Annual administration report of the Civil Veterinary Department of India - 1894-1895
Year: 1894
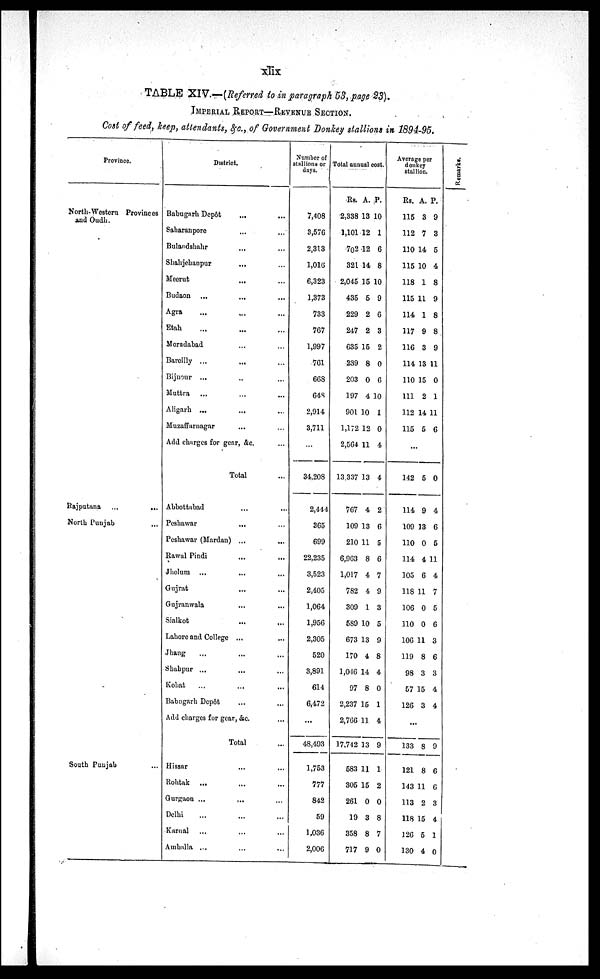
xlix
TABLE XIV.—(Referred to in paragraph 53, page 23).
IMPERIAL REPORT—REVENUE SECTION.
Cost of feed, keep, attendants, &c., of Government Donkey stallions in 1894-95.
Province.
North-Western Provinces
and Oudh.
Rajputana ...
...
North
Punjab
...
South Punjab ...
District.
Babugarh Depôt ... ...
Saharanpore...
...
Bulandshahr... ...
Shahjehanpur... ...
Meerut... ...
Budaon
...
...
...
Agra
...
...
...
Etah
...
... ...
Moradabad ... ...
Bareilly ...
... ...
Bijnour ...
..
...
Muttra ...
...
...
Aligarh ...
... ...
Muzaffarnagar... ...
Add charges for gear, &c.
...
Total
...
Abbottabad
...
...
Peshawar...
Peshawar (Mardan) ...
...
Rawal Pindi...
...
Jhelum
...
...
...
Gujrat
...
...
Gujranwala..
...
Sialkot
...
...
Lahore and College ...
...
Jhang
...
...
...
Shahpur ...
...
...
Kohat
...
...
...
Babugarh Dcpôt
...
...
Add charges for gear, &c.
...
Total...
Hissar...
...
Rohtak ...
...
...
Gurgaon ...
...
Delia
...
...
...
Karnal
...
...
...
Amballa ...
...
...
Number of
stallions or
days.
7,408
3,576
2,313
1,016
6,323
1,373
733
767
1,997
761
668
648
2,914
3,711
...
34,208
2,444
365
699
22,235
3,523
2,405
1,064
1,956
2,305
520
3,891
614
6,472
...
48,493
1,753
777
842
59
1,036
2,006
Total annual cost.
Rs.
2,338
1,101
702
321
2,045
435
229
247
635
239
203
197
901
1,172
2,564
13 337
767
109
210
6.963
1,017
782
309
5S9
673
170
1,016
97
2,237
2,766
17,742
583
305
261
19
358
717
A.
13
12
12
14
15
5
2
2
15
8
0
4
10
12
11
13
4
13
11
8
4
4
1
10
13
4
14
8
15
11
13
11
15
0
3
8
9
P.
10
1
6
8
10
9
6
3
2
0
6
10
1
0
4
4
2
6
5
6
7
9
3
5
9
8
4
0
1
4
9
1
2
0
8
7
0
Average per
donkey
stallion.
Rs.
115
112
110
115
118
115
114
117
116
114
110
111
112
115
A.
3
7
14
10
1
11
1
9
3
13
15
2
14
5
P.
9
3
5
4
8
9
8
8
9
11
0
1
11
6
...
142
114
109
110
114
105
118
106
110
106
119
98
57
126
...
133
121
143
113
118
126
130
5
9
13
0
4
6
11
0
0
11
8
3
15
3
...
8
8
11
2
15
5
4
0
4
6
5
11
4
7
5
6
3
6
3
4
4
...
9
6
6
3
4
1
0
Remarks.